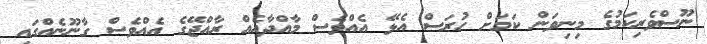
ނޫސްވެރިކަމުގެ މިނިވަން ކަމަށް ހުރަސް އެޅޭ އެއްވެސް މާއްދާއެއް ރާއްޖޭގެ އެއްވެސް ގާނޫނެއްގައި